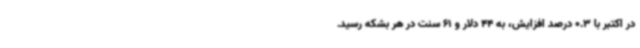
در اکتبر با 0.3 درصد افزایش، به 44 دلار و 61 سنت در هر بشکه رسید.